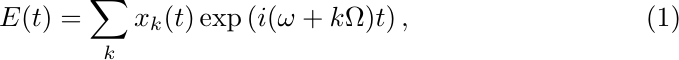
\begin{equation}
E(t) = \sum_k x_{k}(t) \exp \left( i(\omega + k\Omega)t \right),\label{Eq:E(t)}
\end{equation}